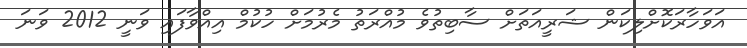
އަވަހާރަކޮށްލިކަން ޝަރީއަތަށް ސާބިތުވެ މުއްރަތު މެރުމަށް ހުކުމް އިއްވާފައި ވަނީ 2012 ވަނަ